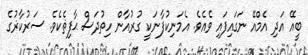
ބީއޭ އަދި އެމްއޭ ނަގައިފައި ވެއެވެ. އެމަނިކުފާނަކީ ގުރުއާން ހިތުދަސް ޙާފިޡެކެވެ. ސަރުކާޜުގެ